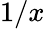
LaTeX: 1/x